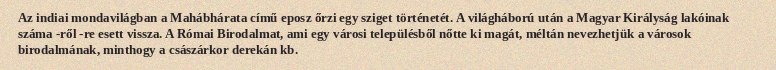
Az indiai mondavilágban a Mahábhárata című eposz őrzi egy sziget történetét. A világháború után a Magyar Királyság lakóinak száma -ről -re esett vissza. A Római Birodalmat, ami egy városi településből nőtte ki magát, méltán nevezhetjük a városok birodalmának, minthogy a császárkor derekán kb.